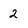
Character: 2